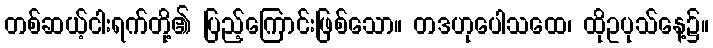
တစ်ဆယ့်ငါးရက်တို့၏ ပြည့်ကြောင်းဖြစ်သော။ တဒဟုပေါသထေ၊ ထိုဥပုသ်နေ့၌။